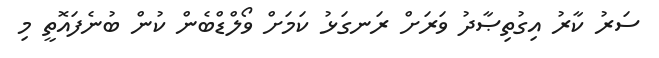
ސަރު ކާރު އިގުތިޞާދު ވަރަށް ރަނގަޅު ކަމަށް ވޯލްޑްބެން ކުން ބުނެފައޮތީ މި